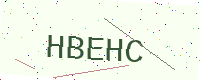
Text: HBEHC